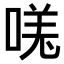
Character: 𫪾